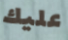
عليك